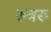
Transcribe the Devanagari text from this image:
रुबरू